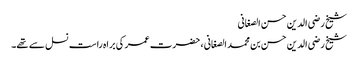
شیخ رضی الدین حسن الصغانی
شیخ رضی الدین حسن بن محمد الصغانی ، حضرت عمر کی براہ راست نسل سے تھے۔